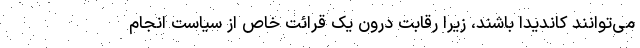
می‌توانند کاندیدا باشند، زیرا رقابت درون یک قرائت خاص از سیاست انجام